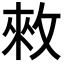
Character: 𢽟